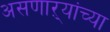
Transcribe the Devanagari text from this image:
असणाऱ्यांच्या